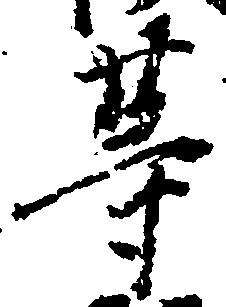
等